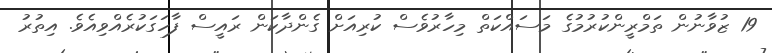
19 ޒުވާނުން ތަމްރީންކުރުމުގެ މަސައްކަތް މިހާރުވެސް ކުރިއަށް ގެންދާކަން ރައީސް ފާހަގަކުރެއްވިއެވެ. އިތުރު